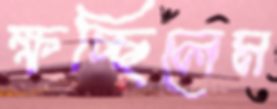
ক্ষচ্ছিলেম